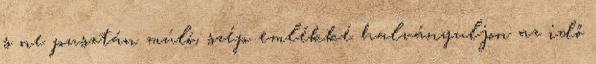
s ne pusztán múló, szép emlékké halványuljon az idő